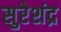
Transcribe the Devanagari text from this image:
सुरेशंद्र